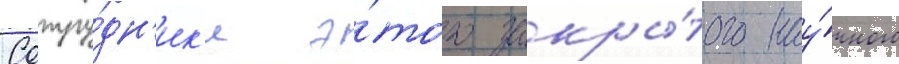
Сотру́дн'ик'и э́того закры́того нау́чного